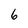
Character: 6